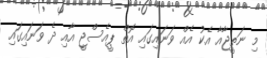
މި ނަތީޖާއާ އެކު އެއް ވަނައިގައި އޮތް ޕީއެސްޖީ އާއި ދެ ވަނައިގައި